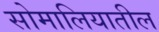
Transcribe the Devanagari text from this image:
सोमालियातील